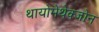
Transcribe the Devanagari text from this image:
थायोमेथेक्‍जोन